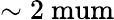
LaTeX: \sim 2\mathrm{\ mum}